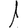
Digit: 1